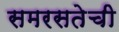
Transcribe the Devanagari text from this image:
समरसतेची